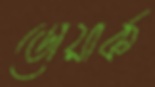
ডোয়ার্ক